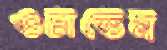
ওচাতেম